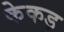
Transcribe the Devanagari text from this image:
केकड़